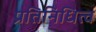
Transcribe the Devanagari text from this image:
प्रतिनिधित्व